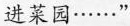
进菜园……”